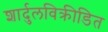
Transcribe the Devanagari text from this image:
शार्दुलविक्रीडित